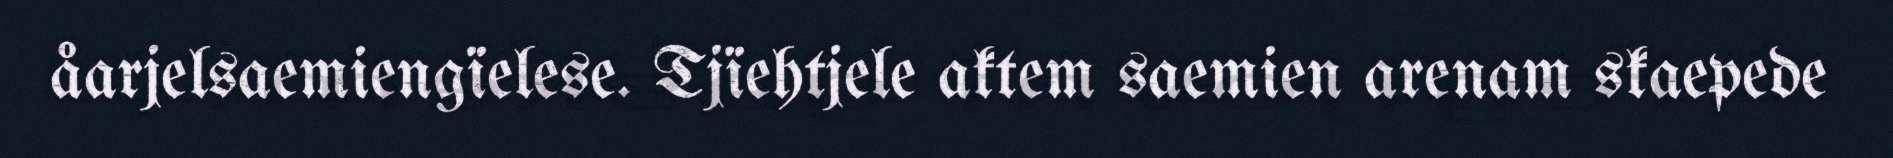
åarjelsaemiengïelese. Tjïehtjele aktem saemien arenam skaepede